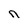
Character: n